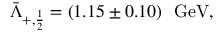
\bar { \Lambda } _ { + , { \frac { 1 } { 2 } } } = ( 1 . 1 5 \pm 0 . 1 0 ) ~ ~ \mathrm { G e V } ,